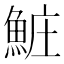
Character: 𬵐